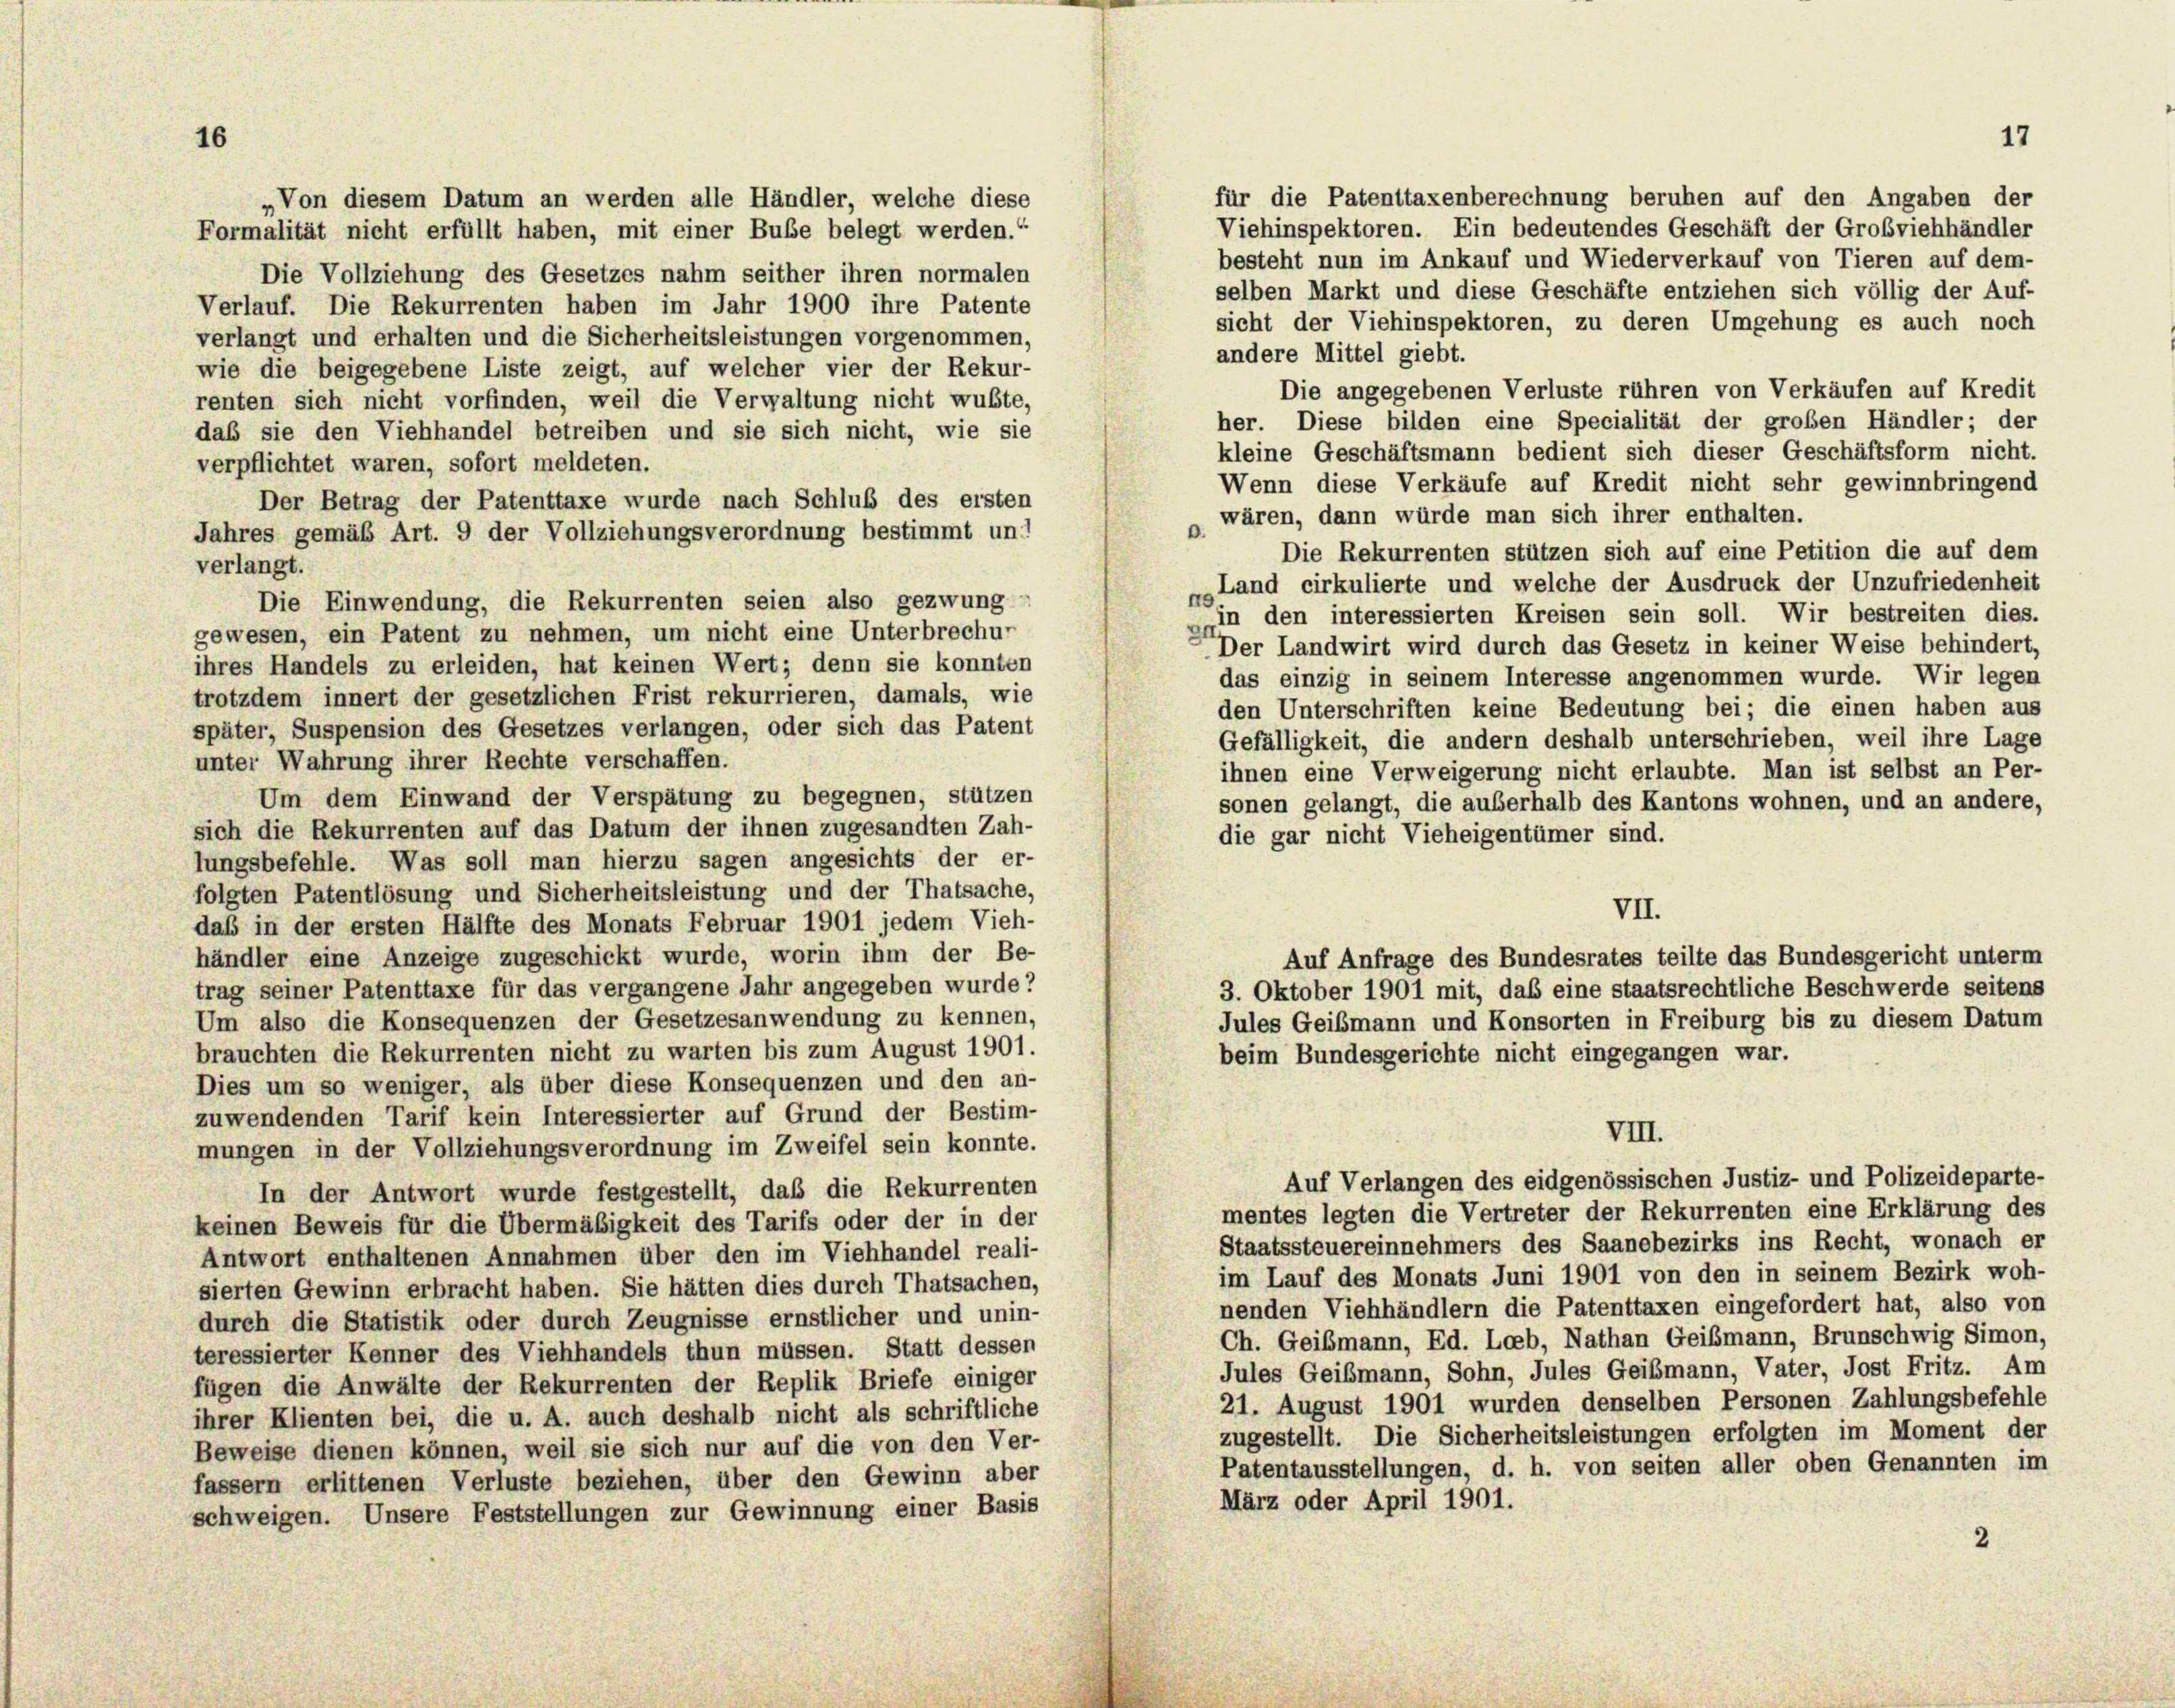
„Von diesem Datum an werden alle Händler, welche diese
Formalität nicht erfüllt haben, mit einer Bube belegt werden.“
besteht nun im Ankauf und Wiederverkauf von Tieren auf dem-
Die Vollziehung des Gesetzes nahm seither ihren normalen
selben Markt und diese Geschäfte entziehen sich völlig der Auf-
Verlauf. Die Rekurrenten haben im Jahr 1900 ihre Patente
sicht der Viehinspektoren, zu deren Umgehung es auch noch
verlangt und erhalten und die Sicherheitsleistungen vorgenommen,
andere Mittel giebt.
wie die beigegebene Liste zeigt, auf welcher vier der Rekur-
Die angegebenen Verluste rühren von Verkäufen auf Kredit
renten sich nicht vorfinden, weil die Verwaltung nicht wußte,
her. Diese bilden eine Specialität der großen Händler; der
das sie den Viehhandel betreiben und sie sich nicht, wie sie
kleine Geschäftsmann bedient sich dieser Geschäftsform nicht.
verpflichtet waren, sofort meldeten.
Wenn diese Verkäufe auf Kredit nicht sehr gewinnbringend
Der Betrag der Patenttaxe wurde nach Schluß des ersten
wären, dann würde man sich ihrer enthalten.
.
Jahres gemäß Art. 9 der Vollziehungsverordnung bestimmt und
Die Rekurrenten stützen sich auf eine Petition die auf dem
verlangt.
Land cirkulierte und welche der Ausdruck der Unzufriedenheit
Die Einwendung, die Rekurrenten seien also gezwung
gin den interessierten Kreisen sein soll. Wir bestreiten dies.
gewesen, ein Patent zu nehmen, um nicht eine Unterbrechur
Der Landwirt wird durch das Gesetz in keiner Weise behindert,
ihres Handels zu erleiden, hat keinen Wert; denn sie konnten
das einzig in seinem Interesse angenommen wurde. Wir legen
trotzdem innert der gesetzlichen Frist rekurrieren, damals, wie
den Unterschriften keine Bedeutung bei; die einen haben aus
später, Suspension des Gesetzes verlangen, oder sich das Patent
Gefälligkeit, die andern deshalb unterschrieben, weil ihre Lage
unter Wahrung ihrer Rechte verschaffen.
ihnen eine Verweigerung nicht erlaubte. Man ist selbst an Per-
Um dem Einwand der Verspätung zu begegnen, stützen
sonen gelangt, die außerhalb des Kantons wohnen, und an andere,
sich die Rekurrenten auf das Datum der ihnen zugesandten Zah-
die gar nicht Vieheigentümer sind.
lungsbefehle. Was soll man hierzu sagen angesichts der er-
folgten Patentlösung und Sicherheitsleistung und der Thatsache,
VII.
daß in der ersten Hälfte des Monats Februar 1901 jedem Vieh-
händler eine Anzeige zugeschickt wurde, worin ihm der Be-
Auf Anfrage des Bundesrates teilte das Bundesgericht unterm
trag seiner Patenttaxe für das vergangene Jahr angegeben wurde?
3. Oktober 1901 mit, das eine staatsrechtliche Beschwerde seitens
Um also die Konsequenzen der Gesetzesanwendung zu kennen,
Jules Geibmann und Konsorten in Freiburg bis zu diesem Datum
brauchten die Rekurrenten nicht zu warten bis zum August 1901.
beim Bundesgerichte nicht eingegangen war.
Dies um so weniger, als über diese Konsequenzen und den an-
zuwendenden Tarif kein Interessierter auf Grund der Bestim-
VIII.
mungen in der Vollziehungsverordnung im Zweifel sein konnte.
Auf Verlangen des eidgenössischen Justiz- und Polizeideparte-
In der Antwort wurde festgestellt, daß die Rekurrenten
mentes legten die Vertreter der Rekurrenten eine Erklärung des
keinen Beweis für die Übermäßigkeit des Tarifs oder der in der
Staatssteuereinnehmers des Saanebezirks ins Recht, wonach er
Antwort enthaltenen Annahmen über den im Viehhandel reali-
im Lauf des Monats Juni 1901 von den in seinem Bezirk woh-
sierten Gewinn erbracht haben. Sie hätten dies durch Thatsachen,
nenden Viehhändlern die Patenttaxen eingefordert hat, also von
durch die Statistik oder durch Zeugnisse ernstlicher und unin-
Ch. Geißmann, Ed. Leeb, Nathan Geißmann, Brunschwig Simon,
teressierter Kenner des Viehhandels thun müssen. Statt dessen
Jules Geißmann, Sohn, Jules Geißmann, Vater, Jost Fritz. Am
fügen die Anwälte der Rekurrenten der Replik Briefe einiger
21. August 1901 wurden denselben Personen Zahlungsbefehle
ihrer Klienten bei, die u. A. auch deshalb nicht als schriftliche
zugestellt. Die Sicherheitsleistungen erfolgten im Moment der
Beweise dienen können, weil sie sich nur auf die von den Ver-
Patentausstellungen, d. h. von seiten aller oben Genannten im
fassern erlittenen Verluste beziehen, über den Gewinn aber
März oder April 1901.
schweigen. Unsere Feststellungen zur Gewinnung einer Basis

für die Patenttaxenberechnung beruhen auf den Angaben der
Viehinspektoren. Ein bedeutendes Geschäft der Großviehhändler